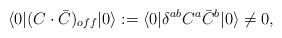
LaTeX: \begin{align*}\langle 0| (C \cdot \bar C)_{off}|0 \rangle := \langle 0| \delta^{ab} C^a \bar C^b |0 \rangle \not= 0 ,\end{align*}